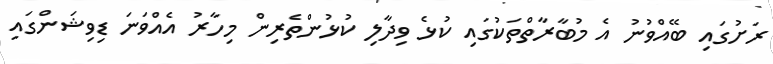
ރަށުގައި ބޭއްވުނު އެ މުބާރާތްތަކުގައި ކުޅެ ވިދާލި ކުޅުންތެރިން މިހާރު އެއްވަނަ ޑިވިޝަންގައި